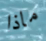
ماذا